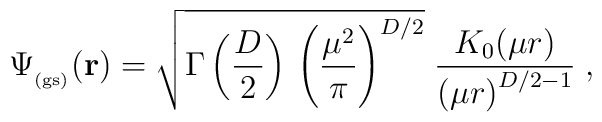
\Psi_{_{\rm (gs)}} ({\bf r})=\sqrt{\Gamma \left( \frac{D}{2} \right) \,\left( \frac{\mu^{2}}{\pi}\right)^{D/2}}\;\frac{K_{0} (\mu r)}{ \left( \mu r \right)^{D/2 -1} }\;  ,